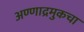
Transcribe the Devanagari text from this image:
अण्णाद्रमुकचा